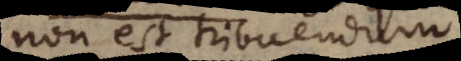
non est tribuendum.